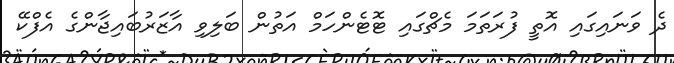
ދެ ވަނައިގައި އޮތީ ފުރަތަމަ މެޗްގައި ޓޮޓެންހަމް އަތުން ބަލިވި އާޒަރުބައިޖާންގެ އެފްކޭ